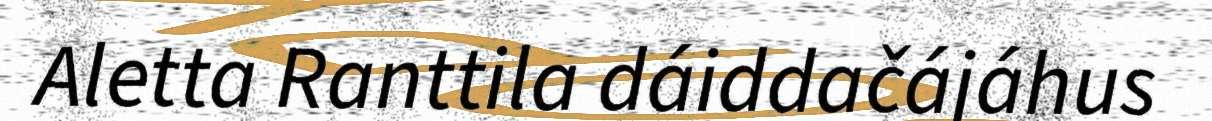
Aletta Ranttila dáiddačájáhus